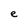
Character: e